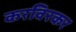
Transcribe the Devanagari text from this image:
करविरकर